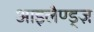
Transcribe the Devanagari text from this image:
आइलैण्ड्ज़